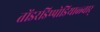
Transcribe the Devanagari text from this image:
तोंडरडिप्पोडियाळ्वार्